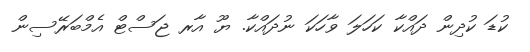
ކުޑަ ކުދިން ދައްކާ ކަހަލަ ވާހަކަ ނުދައްކާ. ޔޫ އާރ ޖަސްޓް އެމްބަރޭސިން